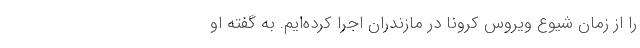
را از زمان شیوع ویروس کرونا در مازندران اجرا کرده‌ایم. به گفته او